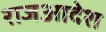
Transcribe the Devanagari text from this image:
राजआदेश